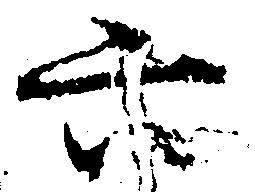
六